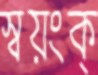
স্বয়ংক্